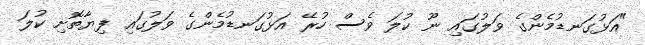
"އަޅުގަނޑުމެންގެ ވަލުގައި ނޫ ކުލަ ވެސް ހުރޭ އަޅުގަނޑުމެންގެ ވަލުގައި ފިޔާތޮށި ކުލަ